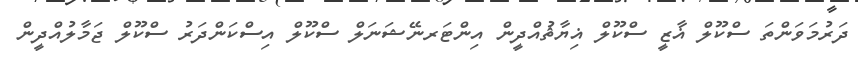
ދަރުމަވަންތަ ސްކޫލް ޣާޒީ ސްކޫލް ޣިޔާޘުއްދީން އިންޓަރނޭޝަނަލް ސްކޫލް އިސްކަންދަރު ސްކޫލް ޖަމާލުއްދީން